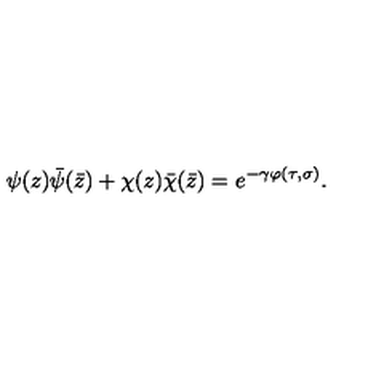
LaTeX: \psi ( z ) \bar { \psi } ( \bar { z } ) + \chi ( z ) \bar { \chi } ( \bar { z } ) = e ^ { - \gamma \varphi ( \tau , \sigma ) } .